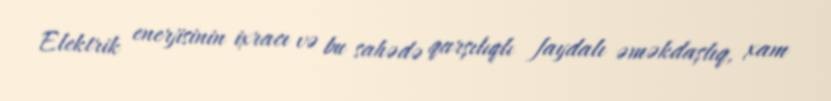
Elektrik enerjisinin ixracı və bu sahədə qarşılıqlı faydalı əməkdaşlıq, xam